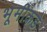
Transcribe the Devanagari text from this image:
भूमीकडे